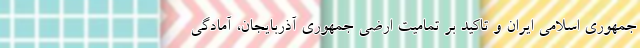
جمهوری اسلامی ایران و تاکید بر تمامیت ارضی جمهوری آذربایجان، آمادگی